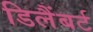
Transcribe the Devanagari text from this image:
डिलैंबर्ट